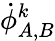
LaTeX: \dot{\phi}_{A,B}^{k}